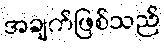
အချက်ဖြစ်သည်